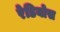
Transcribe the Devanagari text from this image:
रेडियोस